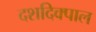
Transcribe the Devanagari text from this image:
दशदिक्पाल